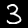
Label: 3